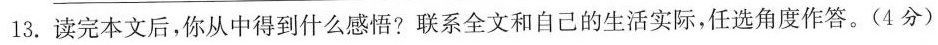
13.读完本文后，你从中得到什么感悟?联系全文和自己的生活实际，任选角度作答。(4分)